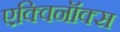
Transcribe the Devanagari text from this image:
एक्विनॉक्स